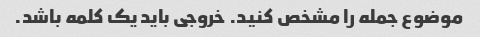
موضوع جمله را مشخص کنید. خروجی باید یک کلمه باشد.